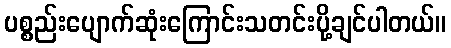
ပစ္စည်းပျောက်ဆုံးကြောင်းသတင်းပို့ချင်ပါတယ်။